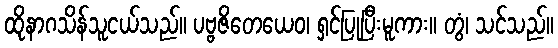
ထိုနာဂသိန်သူငယ်သည်။ ပဗ္ဗဇိတေယေဝ၊ ရှင်ပြုပြီးမူကား။ တွံ၊ သင်သည်။